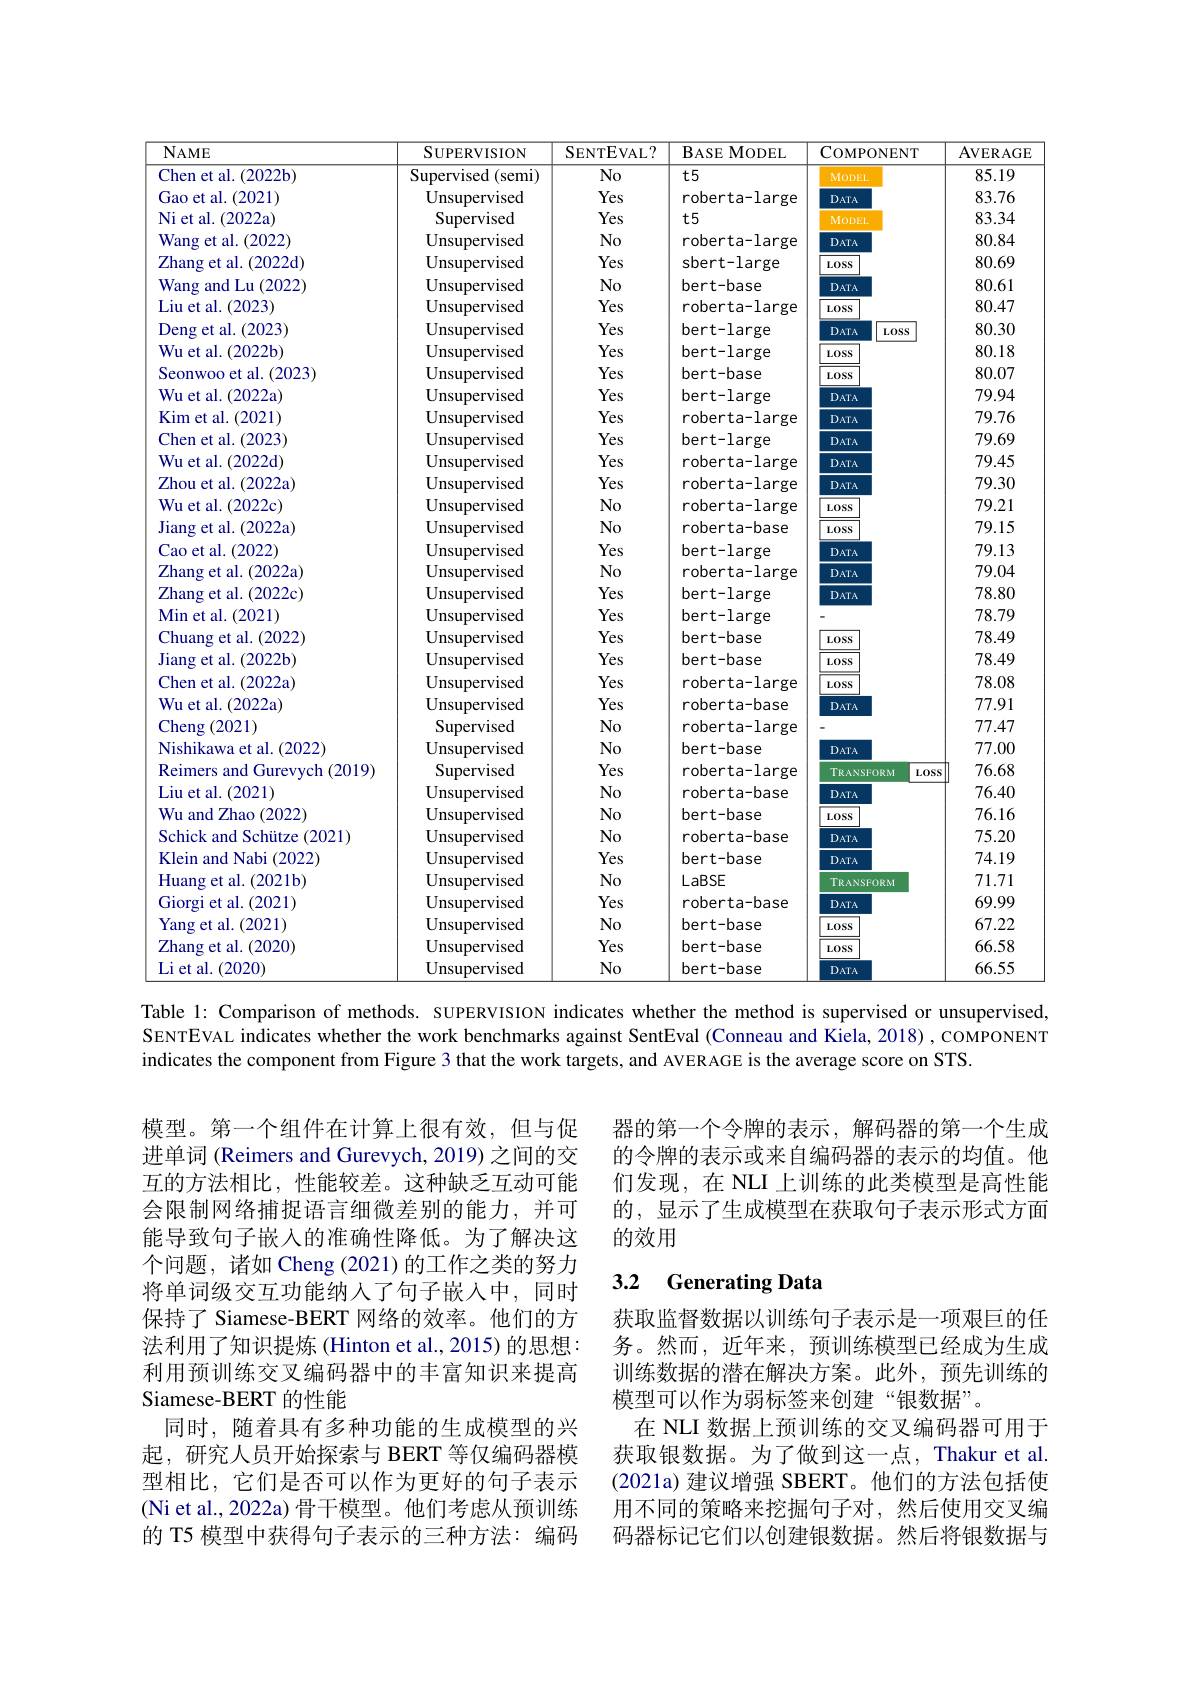
<table>
	<tbody>
		<tr>
			<th>$ME$</th>
			<th>SUPERVISION</th>
			<th>SENTEVAL?</th>
			<th>$BASEMODEL$</th>
			<th>COMPON</th>
			<th>NENT</th>
			<th>AVERAGE</th>
		</tr>
		<tr>
			<td>et al. .(2022b)</td>
			<td>Supervised (semi 1</td>
			<td>No</td>
			<td>$t5$</td>
			<td>MODEL</td>
			<td> </td>
			<td>85.19</td>
		</tr>
		<tr>
			<td>et al. (2021)</td>
			<td>${\mathrm{Unsupervised}}$</td>
			<td>Yes</td>
			<td>roberta-large</td>
			<td>$DATA$</td>
			<td> </td>
			<td>83.76</td>
		</tr>
		<tr>
			<td>al. (2022a</td>
			<td>Supervised</td>
			<td>Yes</td>
			<td>$t5$</td>
			<td>MODEL</td>
			<td> </td>
			<td>83.34</td>
		</tr>
		<tr>
			<td>et al. .(2022)</td>
			<td>Unsupervised</td>
			<td>No</td>
			<td>roberta-large</td>
			<td>$DATA$</td>
			<td> </td>
			<td>80.84</td>
		</tr>
		<tr>
			<td>$\operatorname{lg}$et al.(2022d)</td>
			<td>Unsupervised</td>
			<td>Yes</td>
			<td>sbert-large</td>
			<td>$L0SS$</td>
			<td> </td>
			<td>80.69</td>
		</tr>
		<tr>
			<td>and Lu (2022</td>
			<td>Unsupervised</td>
			<td>$No$</td>
			<td>bert-base</td>
			<td>$DATA$</td>
			<td> </td>
			<td>80.61</td>
		</tr>
		<tr>
			<td>st al. $\lfloor.(2023)\rfloor$ </td>
			<td>Unsupervised</td>
			<td>Yes</td>
			<td>roberta-large</td>
			<td>$L0SS$</td>
			<td> </td>
			<td>80.47</td>
		</tr>
		<tr>
			<td>get al. (2023</td>
			<td>Unsupervised</td>
			<td>Yes</td>
			<td>bert-large</td>
			<td>$DATA$</td>
			<td>$L0SS$</td>
			<td>80.30</td>
		</tr>
		<tr>
			<td>stal. $(2022\mathbf{b})$</td>
			<td>Unsupervised</td>
			<td>Yes</td>
			<td>bert-large</td>
			<td>$L0SS$</td>
			<td> </td>
			<td>80.18</td>
		</tr>
		<tr>
			<td>woo et al. (2023</td>
			<td>${\mathrm{Unsupervised}}$</td>
			<td>Yes</td>
			<td>bert-base</td>
			<td>$L0SS$</td>
			<td> </td>
			<td>80.07</td>
		</tr>
		<tr>
			<td>t al. .(2022a</td>
			<td>${\mathrm{Unsupervised}}$</td>
			<td>Yes</td>
			<td>bert-large</td>
			<td>$DATA$</td>
			<td> </td>
			<td>79.94</td>
		</tr>
		<tr>
			<td>et al. (2021)</td>
			<td>${\mathrm{Unsupervised}}$</td>
			<td>Yes</td>
			<td>roberta-large</td>
			<td>$DATA$</td>
			<td> </td>
			<td>79.76</td>
		</tr>
		<tr>
			<td>et al. (2023)</td>
			<td>Unsupervised</td>
			<td>Yes</td>
			<td>bert-large</td>
			<td>$DATA$</td>
			<td> </td>
			<td>79.69</td>
		</tr>
		<tr>
			<td>${\mathrm{et~al.}}(2022$d)</td>
			<td>Unsupervised</td>
			<td>Yes</td>
			<td>roberta-large</td>
			<td>DATA</td>
			<td> </td>
			<td>79.45</td>
		</tr>
		<tr>
			<td>letal. (2022a</td>
			<td>${\mathrm{Unsupervised}}$</td>
			<td>Yes</td>
			<td>roberta-large</td>
			<td>$DATA$</td>
			<td> </td>
			<td>79.30</td>
		</tr>
		<tr>
			<td>stal. (2022c</td>
			<td>Unsupervised</td>
			<td>No</td>
			<td>roberta-large</td>
			<td>$L0SS$</td>
			<td> </td>
			<td>79.21</td>
		</tr>
		<tr>
			<td>et al. (2022a</td>
			<td>Unsupervised</td>
			<td>$No$</td>
			<td>roberta-base</td>
			<td>$L0SS$</td>
			<td> </td>
			<td>79.15</td>
		</tr>
		<tr>
			<td>et al. (20LLd,</td>
			<td>M 1</td>
			<td>INO</td>
			<td>rober ld-base</td>
			<td>LOSS</td>
			<td> </td>
			<td>/9.1.0</td>
		</tr>
		<tr>
			<td>et al. (2022</td>
			<td>Unsupervised</td>
			<td>Yes</td>
			<td>bert-large</td>
			<td>$DATA$</td>
			<td> </td>
			<td>79.13</td>
		</tr>
		<tr>
			<td>et al. $(20LL$,</td>
			<td>$\operatorname{isuperv}$ 1</td>
			<td>$\Upsilon es$</td>
			<td>bert-large</td>
			<td>DATA</td>
			<td> </td>
			<td>/9.15</td>
		</tr>
		<tr>
			<td>$\operatorname{lg}$et al.(2022a)</td>
			<td>${\mathrm{Unsupervised}}$</td>
			<td>$No$</td>
			<td>roberta-large</td>
			<td>$DATA$</td>
			<td> </td>
			<td>79.04</td>
		</tr>
		<tr>
			<td>$\operatorname{el}\operatorname{al.}(\angle0\angle\angle d$ K</td>
			<td>upcl</td>
			<td>INO</td>
			<td>rober la-1arge</td>
			<td>DATA</td>
			<td> </td>
			<td>/9.04</td>
		</tr>
		<tr>
			<td>$\operatorname{lg}$et al.(2022c)</td>
			<td>Unsupervised</td>
			<td>Yes</td>
			<td>bert-large</td>
			<td>$DATA$</td>
			<td> </td>
			<td>78.80</td>
		</tr>
		<tr>
			<td>$\operatorname{el}$dl.$(\angle0\angle\angle C)$ H $\angle AM1$</td>
			<td>upcl</td>
			<td>$ICS$</td>
			<td>bert-large</td>
			<td>DATA</td>
			<td> </td>
			<td>10.00</td>
		</tr>
		<tr>
			<td>et al. (2021)</td>
			<td>Unsupervised</td>
			<td>Yes</td>
			<td>bert-large</td>
			<td> </td>
			<td> </td>
			<td>78.79</td>
		</tr>
		<tr>
			<td>$dl.(\angle ULI$ $\angle MM$</td>
			<td> </td>
			<td>$CN$ 1 、</td>
			<td>Jer l-1dl ge</td>
			<td> </td>
			<td> </td>
			<td>$\mathbf{0}./{\mathcal Y}$</td>
		</tr>
		<tr>
			<td>ang et al. (2022</td>
			<td>Unsupervised</td>
			<td>Yes</td>
			<td>bert-base</td>
			<td>$L0SS$</td>
			<td> </td>
			<td>78.49</td>
		</tr>
		<tr>
			<td>M $|\angle U\angle L$ $\angle MMA$</td>
			<td> </td>
			<td>1 $C$</td>
			<td>JEI L-UdSE</td>
			<td>LOSS</td>
			<td> </td>
			<td>$0.4\%$</td>
		</tr>
		<tr>
			<td>(2022b et al.</td>
			<td>${\mathrm{Unsupervised}}$</td>
			<td>Yes</td>
			<td>bert-base</td>
			<td>LOSS</td>
			<td> </td>
			<td>78.49</td>
		</tr>
		<tr>
			<td>et al. (2022a 1</td>
			<td>Unsupervised</td>
			<td>Yes</td>
			<td>roberta-large</td>
			<td>$L0SS$</td>
			<td> </td>
			<td>78.08</td>
		</tr>
		<tr>
			<td>et al. ( 2022a) </td>
			<td>${\mathrm{Unsupervised}}$</td>
			<td>Yes</td>
			<td>roberta-base</td>
			<td>$DATA$</td>
			<td> </td>
			<td>77.91</td>
		</tr>
		<tr>
			<td>$\log$ (2021)</td>
			<td>Supervised</td>
			<td>$No$</td>
			<td>roberta-large</td>
			<td> </td>
			<td> </td>
			<td>77.47</td>
		</tr>
		<tr>
			<td>ikawa et al. (2022)</td>
			<td>Unsupervised</td>
			<td>No</td>
			<td>bert-base</td>
			<td>$DATA$</td>
			<td> </td>
			<td>77.00</td>
		</tr>
		<tr>
			<td>rers and ${\mathrm{I~Gurevych}}$ (2019)</td>
			<td>Supervised</td>
			<td>Yes</td>
			<td>roberta-large</td>
			<td>TRANSFOR</td>
			<td>BRM $L0SS$</td>
			<td>76.68</td>
		</tr>
		<tr>
			<td>$x$tal. .(2021)</td>
			<td>${\mathrm{Unsupervised}}$</td>
			<td>$No$</td>
			<td>roberta-base</td>
			<td>$DATA$</td>
			<td> </td>
			<td>76.40</td>
		</tr>
		<tr>
			<td>and Zhao (2022</td>
			<td>${\mathrm{Unsupervised}}$</td>
			<td>No</td>
			<td>bert-base</td>
			<td>$L0SS$</td>
			<td> </td>
			<td>76.16</td>
		</tr>
		<tr>
			<td>$ck$ $\because$ and Schütze (2021)</td>
			<td>${\mathrm{Unsupervised}}$</td>
			<td>No</td>
			<td>roberta-base</td>
			<td>$DATA$</td>
			<td> </td>
			<td>75.20</td>
		</tr>
		<tr>
			<td>n and Nabi (2022</td>
			<td>${\mathrm{Unsupervised}}$</td>
			<td>Yes</td>
			<td>bert-base</td>
			<td>$DATA$</td>
			<td> </td>
			<td>74.19</td>
		</tr>
		<tr>
			<td>$\operatorname{rg}$et al.(2021b)</td>
			<td>${\mathrm{Unsupervised}}$</td>
			<td>$No$</td>
			<td>LaBSE</td>
			<td>TRANSFOR</td>
			<td>BRM</td>
			<td>71.71</td>
		</tr>
		<tr>
			<td>et al.(2021)</td>
			<td>Unsupervised</td>
			<td>Yes</td>
			<td>roberta-base</td>
			<td>$DATA$</td>
			<td> </td>
			<td>69.99</td>
		</tr>
		<tr>
			<td>et al. (2021)</td>
			<td>${\mathrm{Unsupervised}}$</td>
			<td>$No$</td>
			<td>bert-base</td>
			<td>$L0SS$</td>
			<td> </td>
			<td>67.22</td>
		</tr>
		<tr>
			<td>$\operatorname{lg}$et al.(2020)</td>
			<td>${\mathrm{Unsupervised}}$</td>
			<td>Yes</td>
			<td>bert-base</td>
			<td>$L0SS$</td>
			<td> </td>
			<td>66.58</td>
		</tr>
		<tr>
			<td>al. (2020)</td>
			<td>${\mathrm{Unsupervised}}$</td>
			<td>No</td>
			<td>bert-base</td>
			<td>$DATA$</td>
			<td> </td>
			<td>66.55</td>
		</tr>
	</tbody>
</table>

Chen Gao Ni et Wang Liu Deng $Wu$ $Wu$ Kim Chen $Wu$ Zhou $Wu$ Jiang Cao Min Jiang Chen $Wu$ Liu $Wu$ Klein Yang Liet
Table l: Comparison of methods. SUPERVISION indicates whether the method is supervised or unsupervised,

SENTEVAL indicates whether the work benchmarks against SentEval (Conneau and Kiela, 2018) ,COMPONENT
indicates the component from Figure 3 that the work targets, and AVERAGE is the average score on STS.

器的第一个令牌的表示，解码器的第一个生成的令牌的表示或来自编码器的表示的均值。他们发现，在 NLI 上训练的此类模型是高性能的，显示了生成模型在获取句子表示形式方面的效用

## 3.2 Generating Data

模型。第一个组件在计算上很有效，但与促进单词 (Reimers and Gurevych, 2019) 之间的交互的方法相比，性能较差。这种缺乏互动可能会限制网络捕捉语言细微差别的能力，并可能导致句子嵌入的准确性降低。为了解决这个问题，诸如 Cheng (2021) 的工作之类的努力将单词级交互功能纳人了句子嵌入中，同时保持了 Siamese-BERT 网络的效率。他们的方法利用了知识提炼 (Hinton et al., 2015) 的思想： 利用预训练交叉编码器中的丰富知识来提高Siamese-BERT 的性能
同时，随着具有多种功能的生成模型的兴起，研究人员开始探索与 BERT 等仅编码器模型相比，它们是否可以作为更好的句子表示(Ni et al., 2022a) 骨干模型。他们考虑从预训练的 T5 模型中获得句子表示的三种方法：编码

获取监督数据以训练句子表示是一项艰巨的任务。然而，近年来，预训练模型已经成为生成训练数据的潜在解决方案。此外，预先训练的模型可以作为弱标签来创建“银数据”。
在 NLI 数据上预训练的交叉编码器可用于获取银数据。为了做到这一点，Thakur et al. (2021a)建议增强 SBERT。他们的方法包括使用不同的策略来挖掘句子对，然后使用交叉编码器标记它们以创建银数据。然后将银数据与